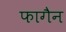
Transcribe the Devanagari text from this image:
फागैन